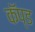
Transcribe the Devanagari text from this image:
कॅप्ड